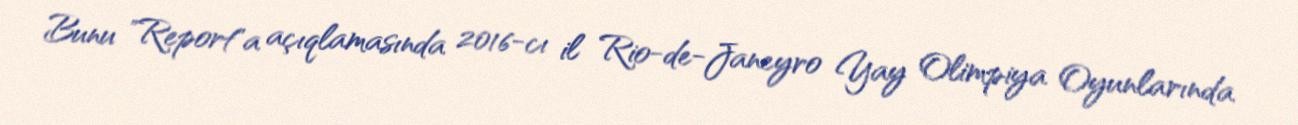
Bunu "Report"a açıqlamasında 2016-cı il Rio-de-Janeyro Yay Olimpiya Oyunlarında